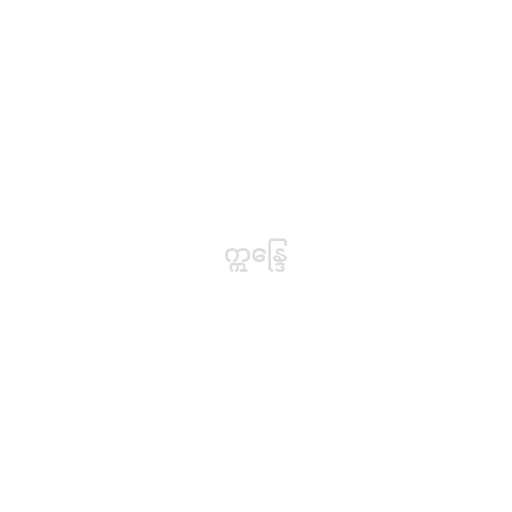
ဣန္ဒြေ